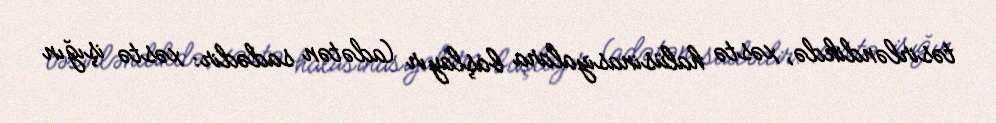
təsirləndikdə, xəstə halüsinasiyalara başlayır (adətən sadədir: xəstə işığın